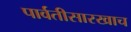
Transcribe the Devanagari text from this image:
पार्वतीसारखाच